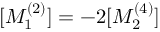
[ M _ { 1 } ^ { ( 2 ) } ] = - 2 [ M _ { 2 } ^ { ( 4 ) } ]